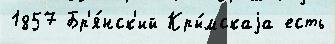
1857 Бр'я́нск'ий Кры́мскаjа есть